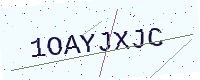
Text: 1OAYJXJC